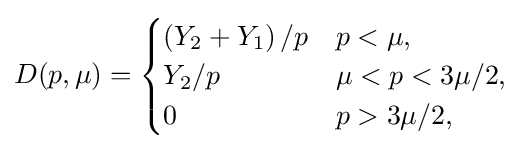
D(p,\mu )={\begin{cases}\left(Y_{2}+Y_{1}\right)/p&p<\mu ,\\Y_{2}/p&\mu <p<3\mu /2,\\0&p>3\mu /2,\end{cases}}